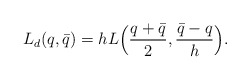
\begin{align*}L_d(q,\bar q) = h L\Big( \frac{q+\bar q}{2}, \frac{\bar q-q}{h}\Big).\end{align*}